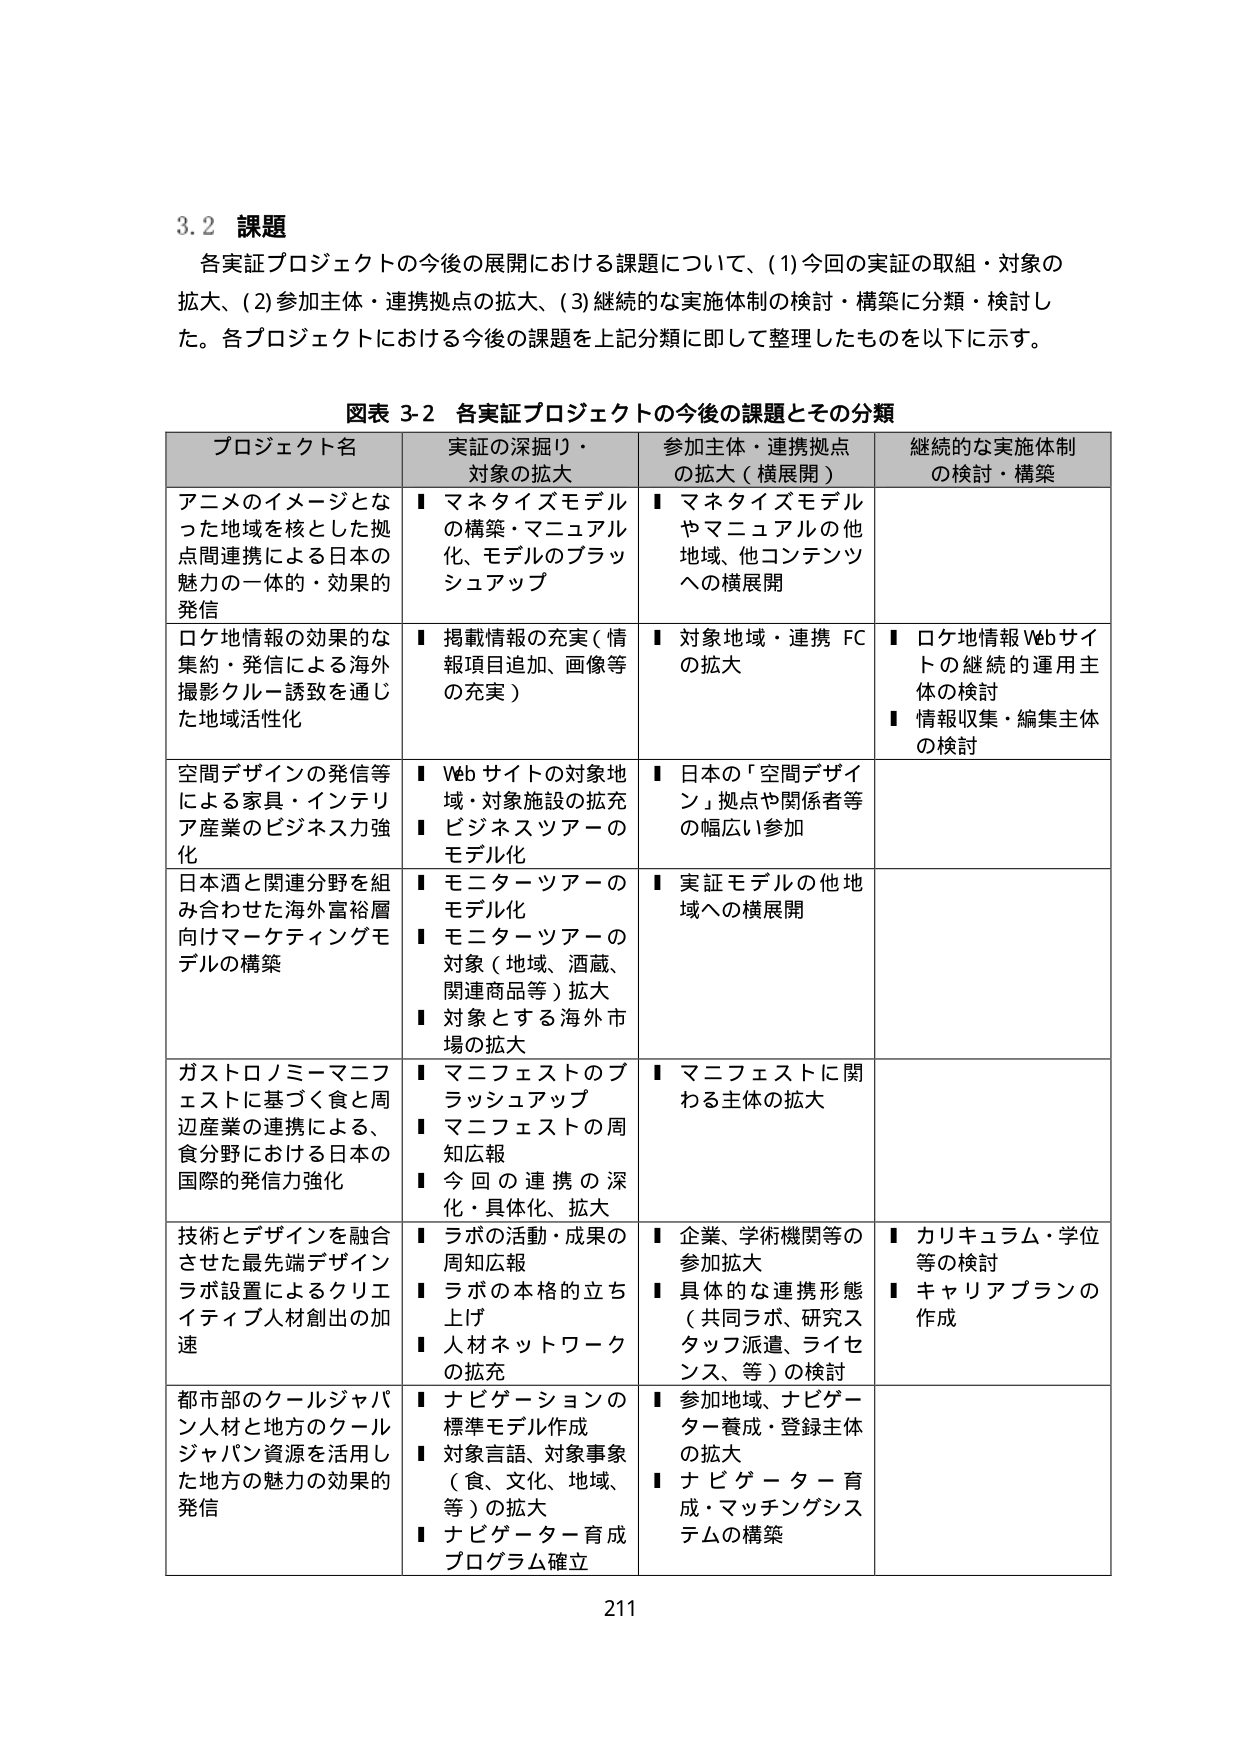
3.2 課題
各実証プロジェクトの今後の展開における課題について、(1)今回の実証の取組・対象の拡大、(2)参加主体・連携拠点の拡大、(3)継続的な実施体制の検討・構築に分類・検討した。各プロジェクトにおける今後の課題を上記分類に即して整理したものを以下に示す。

図表 3-2 各実証プロジェクトの今後の課題とその分類

プロジェクト名 | 実証の深掘り・対象の拡大 | 参加主体・連携拠点の拡大（横展開） | 継続的な実施体制の検討・構築
--- | --- | --- | ---
アニメのイメージとなった地域を核とした拠点間連携による日本の魅力の一体的・効果的発信 | ■ マネタイズモデルの構築・マニュアル化、モデルのブラッシュアップ | ■ マネタイズモデルやマニュアルの他地域、他コンテンツへの横展開 |
ロケ地情報の効果的な集約・発信による海外撮影クルー誘致を通じた地域活性化 | ■ 掲載情報の充実（情報項目追加、画像等の充実） | ■ 対象地域・連携FCの拡大 | ■ ロケ地情報Webサイトの継続的運用主体の検討<br>■ 情報収集・編集主体の検討
空間デザインの発信等による家具・インテリア産業のビジネス力強化 | ■ Webサイトの対象地域・対象施設の拡充<br>■ ビジネスツアーやモデル化 | ■ 日本の「空間デザイン」拠点や関係者等の幅広い参加 |
日本酒と関連分野を組み合わせた海外富裕層向けマーケティングモデルの構築 | ■ モニターツアーのモデル化<br>■ モニターツアーの対象（地域、酒蔵、関連商品等）拡大<br>■ 対象とする海外市場の拡大 | ■ 実証モデルの他地域への横展開 |
ガストロノミーマニフェストに基づく食と周辺産業の連携による、食分野における日本の国際的発信力強化 | ■ マニフェストのブラッシュアップ<br>■ マニフェストの周知広報<br>■ 今回の連携の深化・具体化、拡大 | ■ マニフェストに関わる主体の拡大 |
技術とデザインを融合させた最先端デザインラボ設置によるクリエイティブ人材創出の加速 | ■ ラボの活動・成果の周知広報<br>■ ラボの本格的立ち上げ<br>■ 人材ネットワークの拡充 | ■ 企業、学術機関等の参加拡大<br>■ 具体的な連携形態（共同ラボ、研究スタッフ派遣、ライセンス、等）の検討 | ■ カリキュラム・学位等の検討<br>■ キャリアプランの作成
都市部のクールジャパン人材と地方のクールジャパン資源を活用した地方の魅力の効果的発信 | ■ ナビゲーションの標準モデル作成<br>■ 対象言語、対象事象（食、文化、地域、等）の拡大<br>■ ナビゲーター育成プログラム確立 | ■ 参加地域、ナビゲーター養成・登録主体の拡大<br>■ ナビゲーター育成・マッチングシステムの構築 |

211